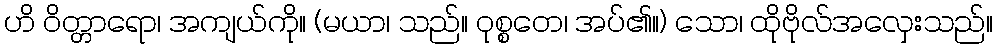
ဟိ ဝိတ္တာရော၊ အကျယ်ကို။ (မယာ၊ သည်။ ဝုစ္စတေ၊ အပ်၏။) သော၊ ထိုဗိုလ်အလှေးသည်။